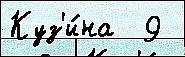
Куз'и́на  9